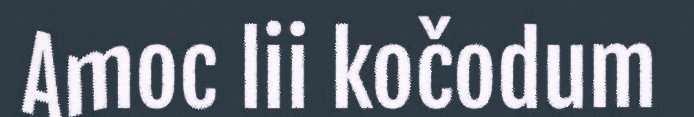
Amoc lii kočodum